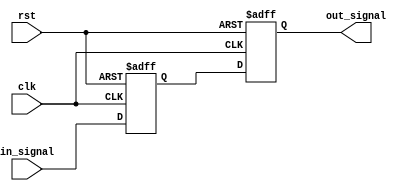
module two_flop_synchronizer (
    input wire clk,
    input wire rst,
    input wire in_signal,
    output reg out_signal
);

reg reg1, reg2;

always @(posedge clk or posedge rst) begin
    if (rst) begin
        reg1 <= 1'b0;
        reg2 <= 1'b0;
    end else begin
        reg1 <= in_signal;
        reg2 <= reg1;
    end
end

assign out_signal = reg2;

endmodule